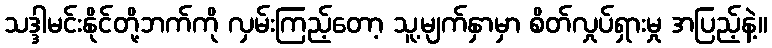
သဒ္ဒါမင်းနိုင်တို့ဘက်ကို လှမ်းကြည့်တော့ သူ့မျက်နှာမှာ စိတ်လှုပ်ရှားမှု အပြည့်နဲ့။